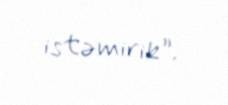
istəmirik”.